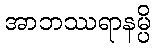
အာဘဿရာနမ္ပိ